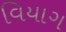
વિયાગ